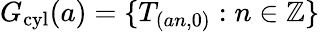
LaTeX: G_{\mathrm{cyl}}(a)=\{ T_{(an,0)}:n\in\mathbb{Z}\}